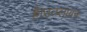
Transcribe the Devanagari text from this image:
है।उत्प्लावन